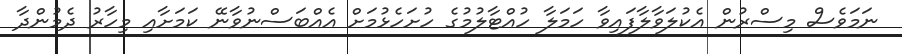
ނަމަވެސް މިސްރުން އެކުލަވާލާފައިވާ ހަމަލާ ހުއްޓާލުމުގެ ހުށަހެޅުމަށް އެއްބަސްނުވާނޭ ކަމަށާއި މިހާރު ދެމުންދާ